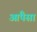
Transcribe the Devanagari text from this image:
आंपैसां